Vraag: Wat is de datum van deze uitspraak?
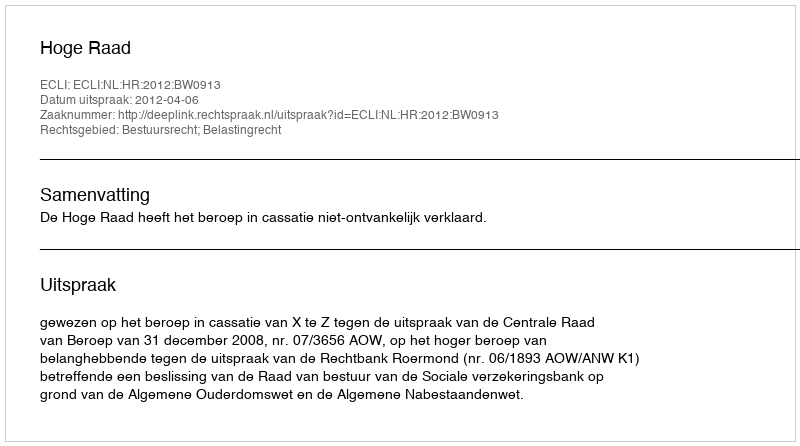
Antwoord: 2012-04-06